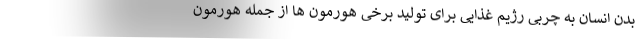
بدن انسان به چربی رژیم غذایی برای تولید برخی هورمون ها از جمله هورمون